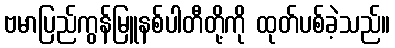
ဗမာပြည်ကွန်မြူနစ်ပါတီတို့ကို ထုတ်ပစ်ခဲ့သည်။